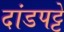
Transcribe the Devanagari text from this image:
दांडपट्टे